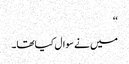
‘‘
میں نے سوال کیاتھا۔